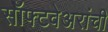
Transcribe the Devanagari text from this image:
सॉफ्टवेअरांची